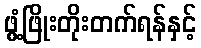
ဖွံ့ဖြိုးတိုးတက်ရန်နှင့်